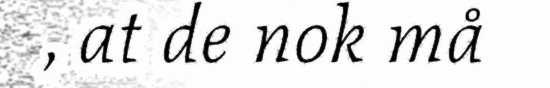
, at de nok må